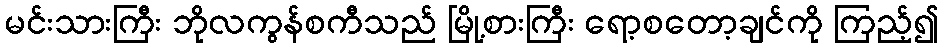
မင်းသားကြီး ဘိုလကွန်စကီသည် မြို့စားကြီး ရော့စတော့ချင်ကို ကြည့်၍